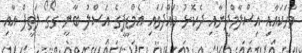
ވާހަކައާއި އިސްލާމްދީނާއި ދެކޮޅު ހައްދަވައި އެމްޑީޕީގެ އަސްލު ބާނީ ގޯގޯ ލަތީފް އާއި